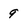
Character: 9